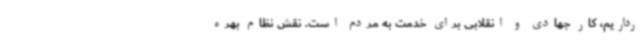
رداریم، کار جهادی و انقلابی برای خدمت به مردم است. نقش نظام بهره‌